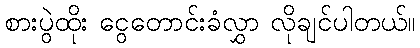
စားပွဲထိုး ငွေတောင်းခံလွှာ လိုချင်ပါတယ်။